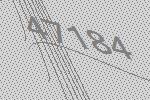
47184